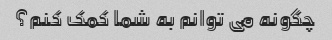
چگونه می توانم به شما کمک کنم؟